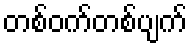
တစ်ဝက်တစ်ပျက်